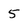
Character: 5